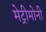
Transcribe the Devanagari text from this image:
मेट्रीमोनी